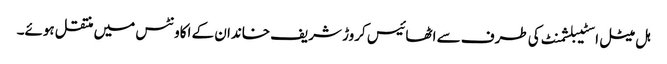
ہل میٹل اسٹیبلشمنٹ کی طرف سے اٹھائیس کروڑ شریف خاندان کے اکاونٹس میں منتقل ہوئے۔